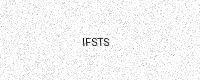
Text: IFSTS